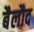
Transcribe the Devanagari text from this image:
बैलौद